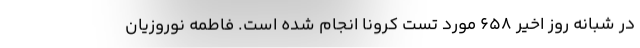
در شبانه روز اخیر 658 مورد تست کرونا انجام شده است. فاطمه نوروزیان